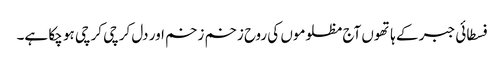
فسطائی جبر کے ہاتھوں آج مظلوموں کی روح زخم زخم اور دل کرچی کرچی ہو چکا ہے۔